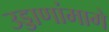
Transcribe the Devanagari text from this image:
उड्डाणांमागे